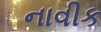
નાવીક